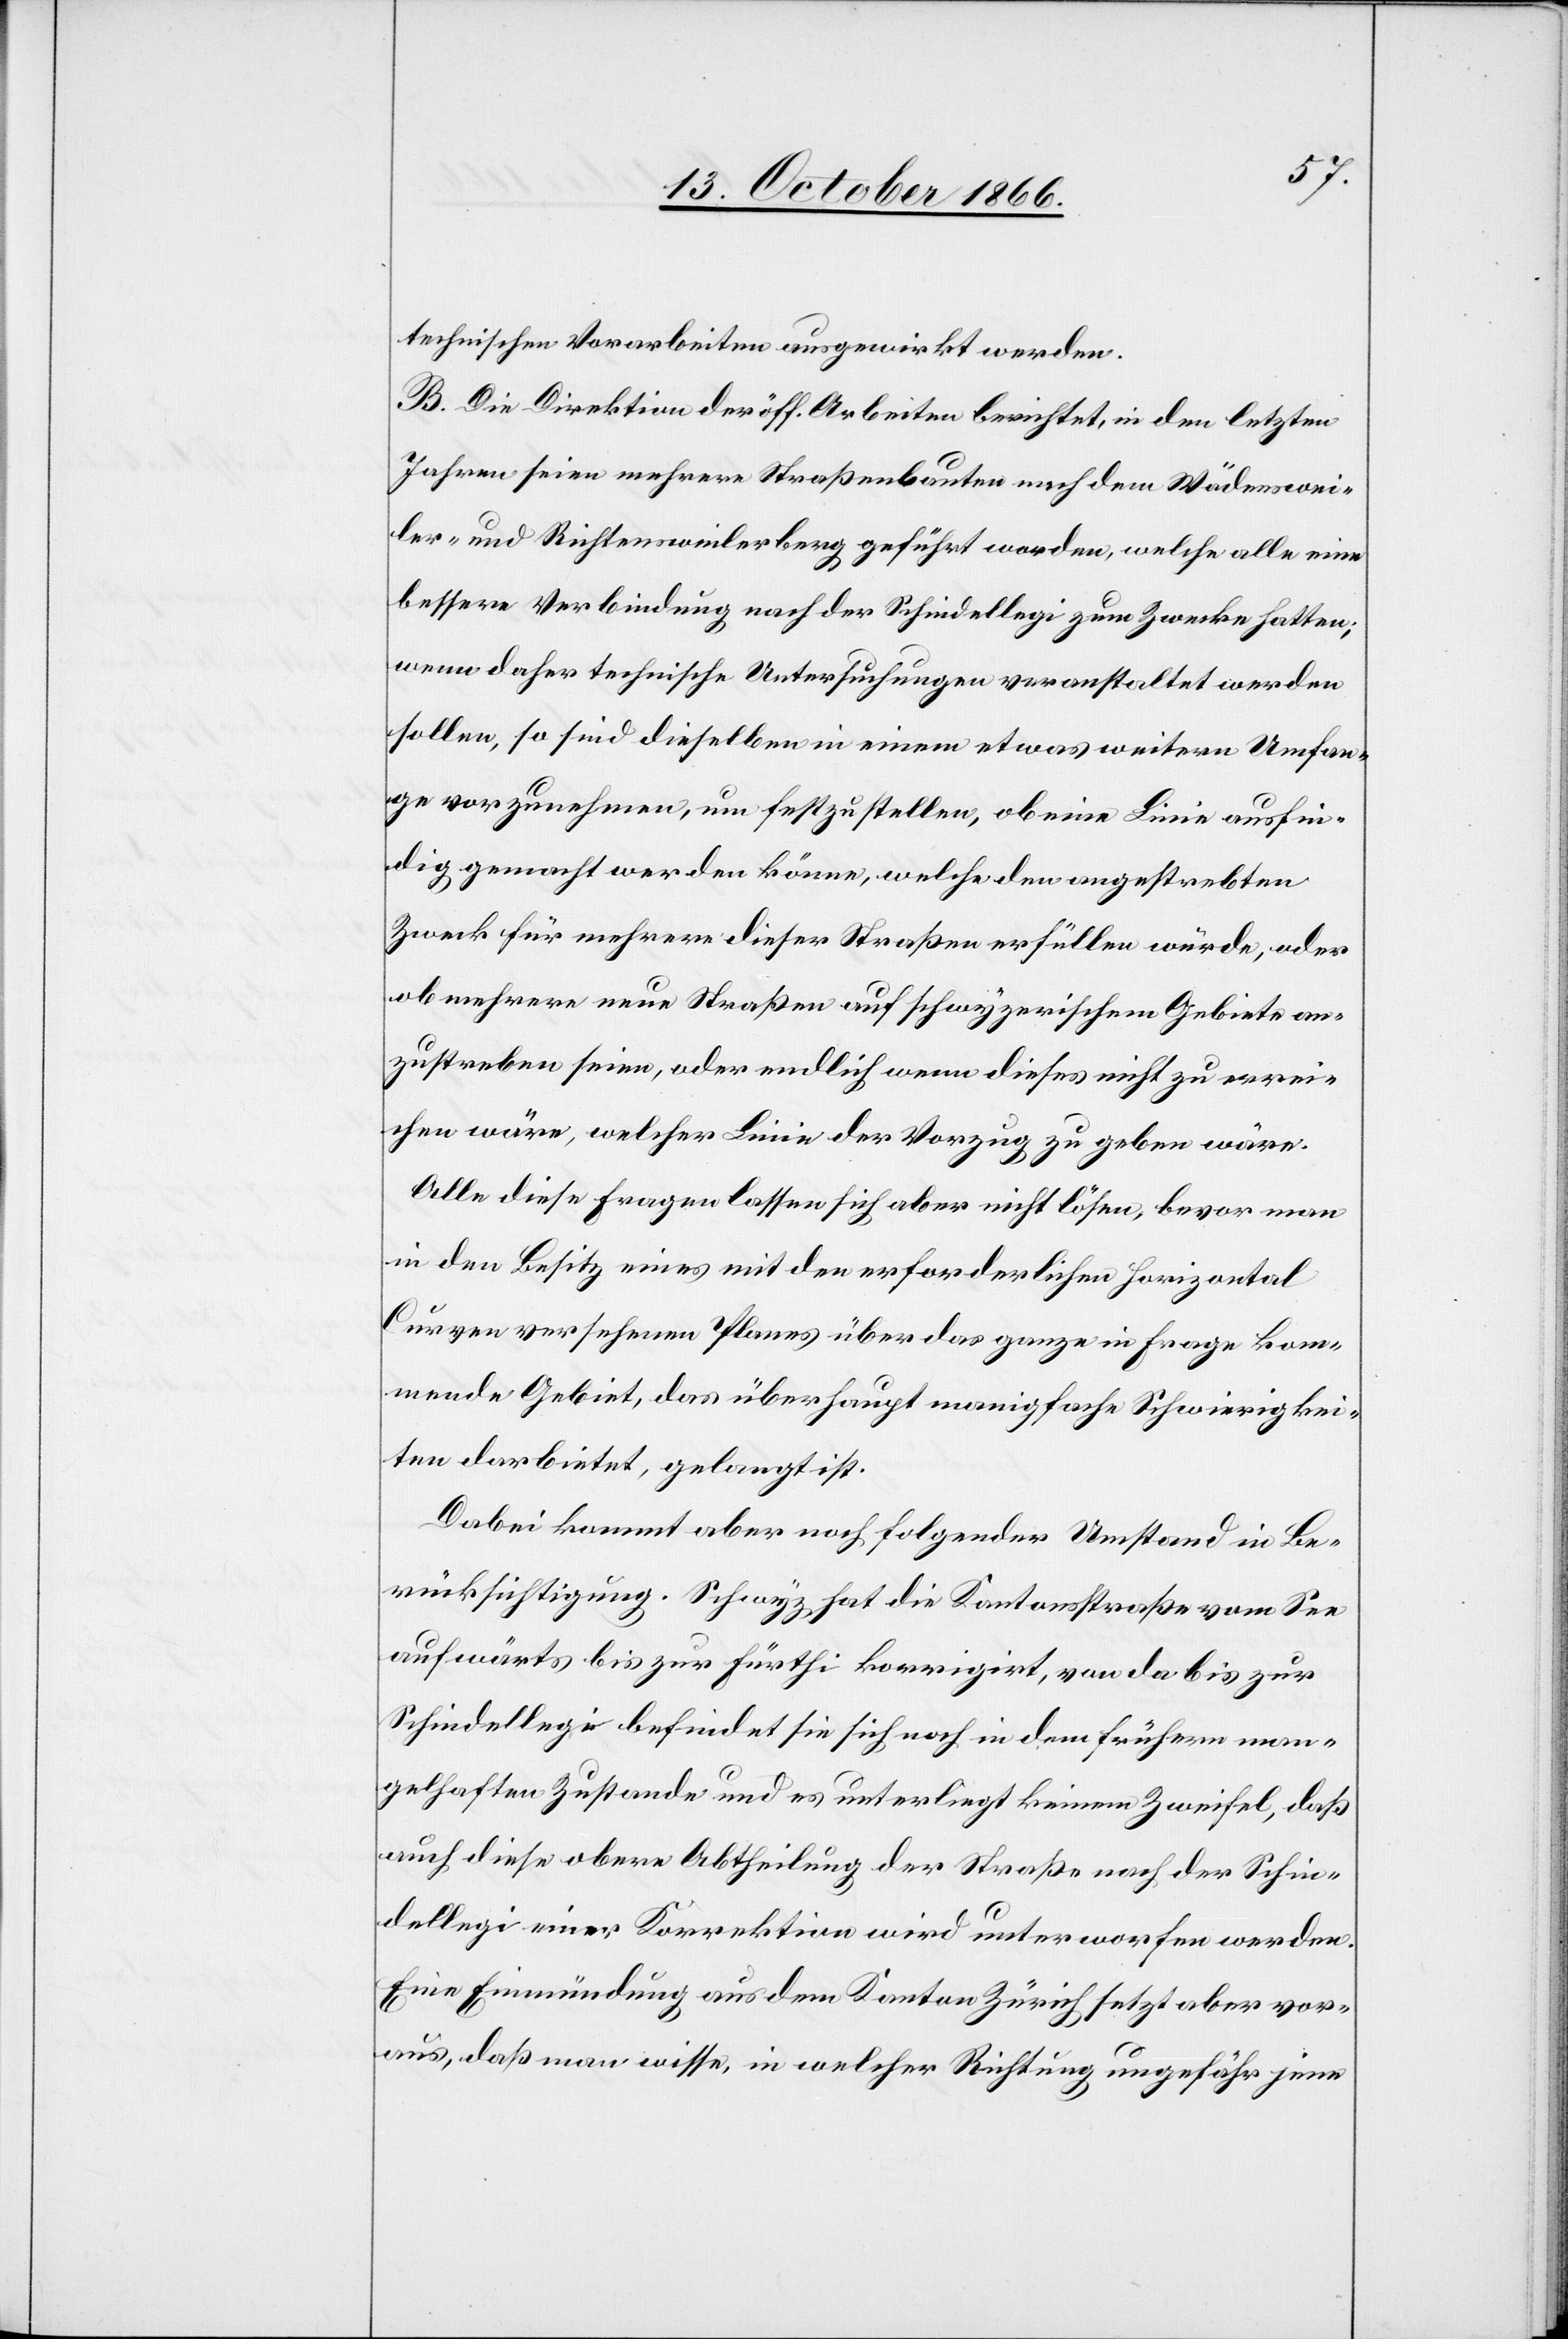
technischen Vorarbeiten ausgewirkt werden.
B. Die Direktion der öff. Arbeiten berichtet, in den letzten
Jahren seien mehrere Straßenbauten nach dem Wädenswei¬
ler- und Richtensweilerberg geführt worden, welche alle eine
bessere Verbindung nach der Schindellegi zum Zwecke hatten;
wenn daher technische Untersuchungen veranstaltet werden
sollen, so sind dieselben in einem etwas weitern Umfan¬
ge vorzunehmen, um festzustellen, ob eine Linie ausfin¬
dig gemacht werden könne, welche den angestrebten
Zweck für mehrere dieser Straßen erfüllen würde, oder
ob mehrere neue Straßen auf schwyzerischem Gebiete an¬
zustreben seien, oder endlich wenn dieses nicht zu errei¬
chen wäre, welcher Linie der Vorzug zu geben wäre.
Alle diese Fragen lassen sich aber nicht lösen, bevor man
in den Besitz eines mit den erforderlichen horizontal[en]
Curven versehenen Planes über das ganze in Frage kom¬
mende Gebiet, das überhaupt manigfache Schwierigkei¬
ten darbietet, gelangt ist.
Dabei kommt aber noch folgender Umstand in Be¬
rücksichtigung. Schwyz hat die Kantonsstraße vom See
aufwärts bis zur Fürthi korrigirt, von da bis zur
Schindellegi befindet sie sich noch in dem frühern man¬
gelhaften Zustande und es unterliegt keinem Zweifel, daß
auch diese obere Abtheilung der Straße nach der Schin¬
dellegi einer Korrektion wird unterworfen werden.
Eine Einmündung aus dem Kanton Zürich setzt aber vor¬
aus, daß man wisse, in welcher Richtung ungefähr jene